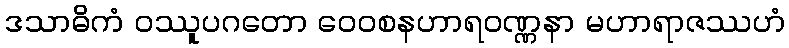
ဒသာဓိကံ ဝဿူပဂတော ဝေဝစနဟာရဝဏ္ဏနာ မဟာရာဇဿဟံ